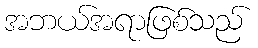
အဘယ်အရာဖြစ်သည်